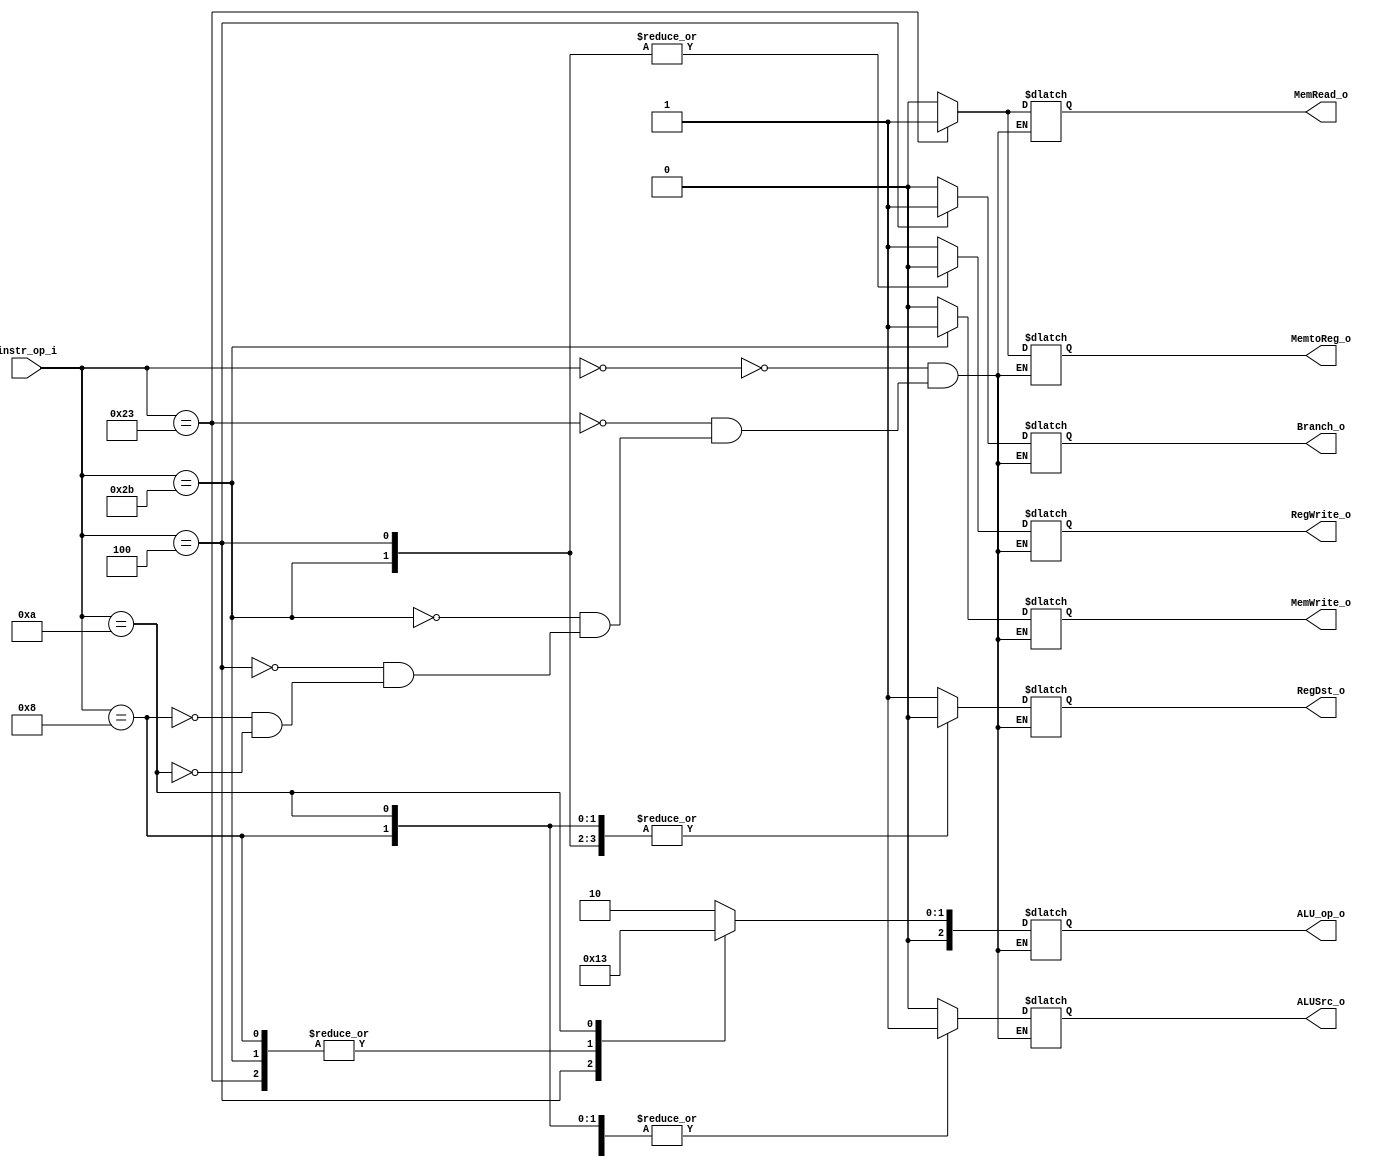
//Subject:     Architecture project 2 - Decoder
//--------------------------------------------------------------------------------
//Version:     1
//--------------------------------------------------------------------------------
//Writer:      
//----------------------------------------------
//Date:        
//----------------------------------------------
//Description: 
//--------------------------------------------------------------------------------

module Decoder(
    instr_op_i,
	RegWrite_o,
	ALU_op_o,
	ALUSrc_o,
	RegDst_o,
	Branch_o,
	MemWrite_o,
	MemRead_o,
	MemtoReg_o
	);
     
//I/O ports
input  [6-1:0] instr_op_i;

output         RegWrite_o;
output [3-1:0] ALU_op_o;
output         ALUSrc_o;
output         RegDst_o;
output         Branch_o;
output		   MemWrite_o;
output		   MemRead_o;
output		   MemtoReg_o;
 
//Internal Signals
reg    [3-1:0] ALU_op_o;
reg            ALUSrc_o;
reg            RegWrite_o;
reg            RegDst_o;
reg            Branch_o;
reg			   MemWrite_o;
reg			   MemRead_o;
reg			   MemtoReg_o;

//Parameter


//Main function
	always@(*)begin
		case(instr_op_i)
			6'b00000:begin
				RegDst_o = 1'b1;
				ALUSrc_o = 1'b0;
				MemtoReg_o = 1'b0;
				RegWrite_o =1'b1;
				MemRead_o =1'b0;
				MemWrite_o =1'b0;
				Branch_o = 1'b0;
				ALU_op_o = 3'b010;
			end
			6'b100011:begin//lw
				RegDst_o = 1'b0;
				ALUSrc_o = 1'b1;
				MemtoReg_o = 1'b1;
				RegWrite_o =1'b1;
				MemRead_o =1'b1;
				MemWrite_o =1'b0;
				Branch_o = 1'b0;
				ALU_op_o = 3'b000;
			end
			6'b101011:begin//sw
				RegDst_o = 1'b0;
				ALUSrc_o = 1'b1;
				MemtoReg_o = 1'b0;
				RegWrite_o =1'b0;
				MemRead_o =1'b0;
				MemWrite_o =1'b1;
				Branch_o = 1'b0;
				ALU_op_o = 3'b000;
			end
			6'b000100:begin//beq
				RegDst_o = 1'b0;
				ALUSrc_o = 1'b0;
				MemtoReg_o = 1'b0;
				RegWrite_o =1'b0;
				MemRead_o =1'b0;
				MemWrite_o =1'b0;
				Branch_o = 1'b1;
				ALU_op_o = 3'b001;
			end
			6'b001000: begin// addi
				RegDst_o = 1'b0;
				ALUSrc_o = 1'b1;
				MemtoReg_o = 1'b0;
				RegWrite_o = 1'b1;
				MemRead_o = 1'b0;
				MemWrite_o = 1'b0;
				Branch_o = 1'b0;
				ALU_op_o = 3'b000;
			end
			6'b001010: begin// slti
				RegDst_o = 1'b0;
				ALUSrc_o = 1'b1;
				MemtoReg_o = 1'b0;
				RegWrite_o = 1'b1;
				MemRead_o = 1'b0;
				MemWrite_o = 1'b0;
				Branch_o = 1'b0;
				ALU_op_o = 3'b011;
			end
		endcase
	end
	
	
endmodule